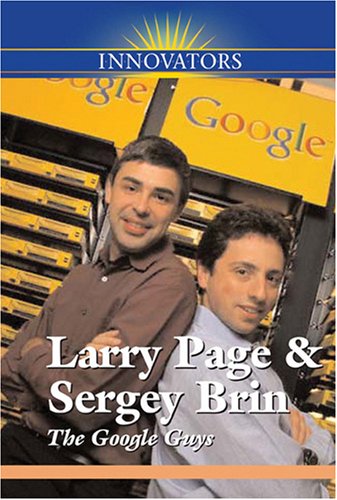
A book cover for Larry Page and Sergey Brin: The Google Guys (Innovators (Kidhaven)); Gail B. Stewart; Children's Books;